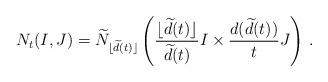
LaTeX: \begin{align*} N_t (I, J ) = \widetilde{N}_{\lfloor \widetilde{d}(t) \rfloor} \left( \frac{\lfloor \widetilde{d}(t) \rfloor}{ \widetilde{d}(t) } I \times \frac{d( \widetilde{d}(t))}{t} J \right)\,.\end{align*}